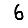
Digit: 6